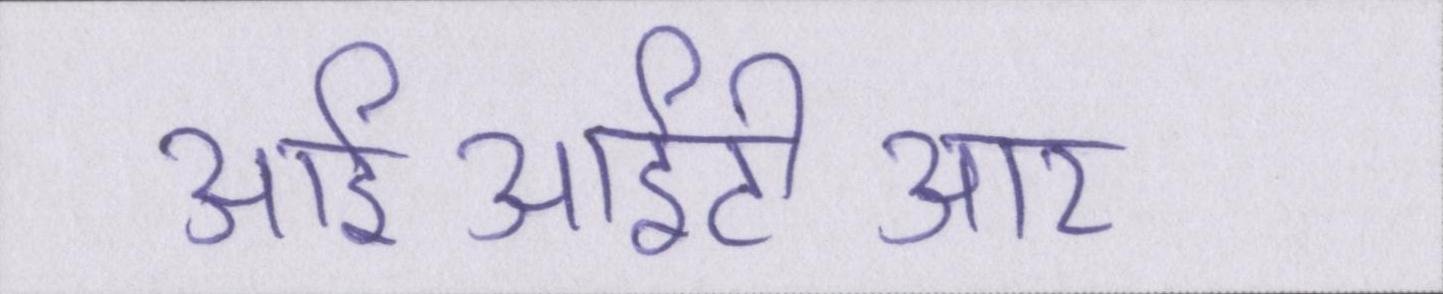
आईआईटीआर